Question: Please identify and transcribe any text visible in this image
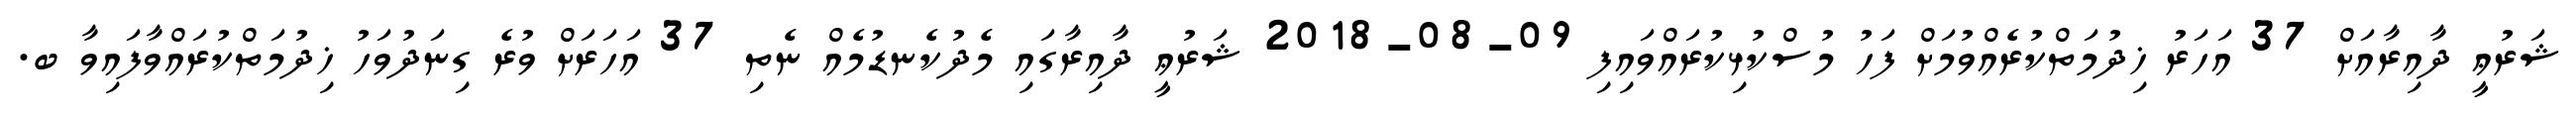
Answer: ޝަރުޢީ ދާއިރާއަށް 37 އަހަރު ޚިދުމަތްކުރެއްވުމަށް ފަހު މުސްކުޅިކުރައްވައިފި 09-08-2018 ޝަރުޢީ ދާއިރާގައި މެދުކެނޑުމެއް ނެތި 37 އަހަރަށް ވުރެ ގިނަދުވަހު ޚިދުމަތްކުރައްވާފައިވާ ބ.